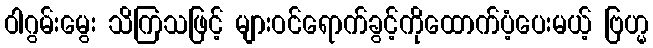
ဝါဂွမ်းမွေး သိကြသဖြင့် များဝင်ရောက်ခွင့်ကိုထောက်ပံ့ပေးမယ့် ဗြဟ္မ